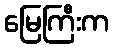
မြေကြီးက